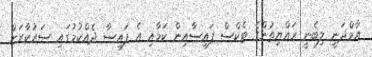
އާމްދަނީ ލިބެނީ ރައްޔިތުންގެ ޓެކްސް ފައިސާއިން ކަމާއި އެ ފައިސާ ދެއްކުމުގައި ސަރުކާރަށް